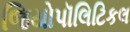
જિયોપૉલિટિકલ